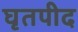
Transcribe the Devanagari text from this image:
घृतपीद